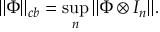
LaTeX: \| \Phi \| _ { c b } = \operatorname* { s u p } _ { n } \| \Phi \otimes I _ { n } \| .